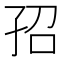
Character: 𡥙